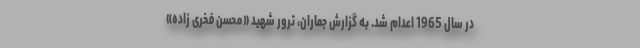
در سال 1965 اعدام شد. به گزارش جماران، ترور شهید «محسن فخری زاده»